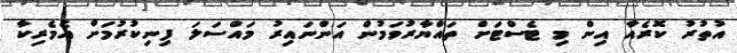
އުތުރު ކޮރެއާ އިން މި ޓެސްޓަށް ތައްޔާރުވަމުން އަންނައިރު މައްސަލަ ފިނިކުރުމަށް އެމެރިކާ